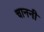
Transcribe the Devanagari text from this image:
चाननी